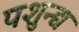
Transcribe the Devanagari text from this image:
पशुन्द्य